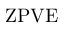
\mathrm { Z P V E }